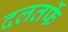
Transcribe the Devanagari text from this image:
दलतर्फे